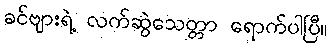
ခင်ဗျားရဲ့ လက်ဆွဲသေတ္တာ ရောက်ပါပြီ။